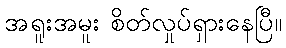
အရူးအမူး စိတ်လှုပ်ရှားနေပြီ။